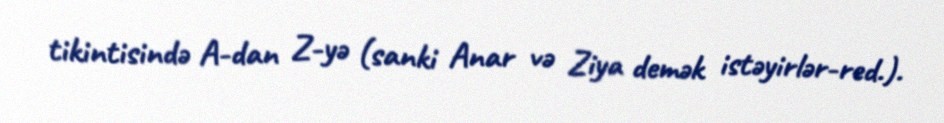
tikintisində A-dan Z-yə (sanki Anar və Ziya demək istəyirlər-red.).